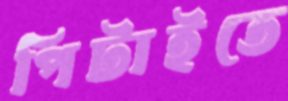
পিটাইতে